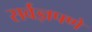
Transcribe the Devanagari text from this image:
सर्वज्ञपणे